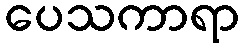
ပေသကာရာ